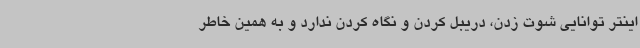
اینتر توانایی شوت زدن، دریبل کردن و نگاه کردن ندارد و به همین خاطر